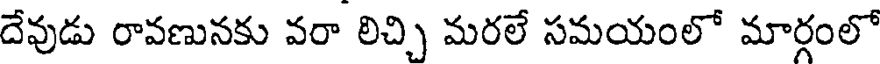
దేవుడు రావణునకు వరా లిచ్చి మరలే సమయంలో మార్గంలో